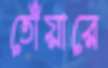
তোঁয়ারে